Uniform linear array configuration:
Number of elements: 64
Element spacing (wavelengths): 0.75
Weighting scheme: binomial
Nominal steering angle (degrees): -30
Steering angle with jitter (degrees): -29.247
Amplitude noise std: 0.05
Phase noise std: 0.05

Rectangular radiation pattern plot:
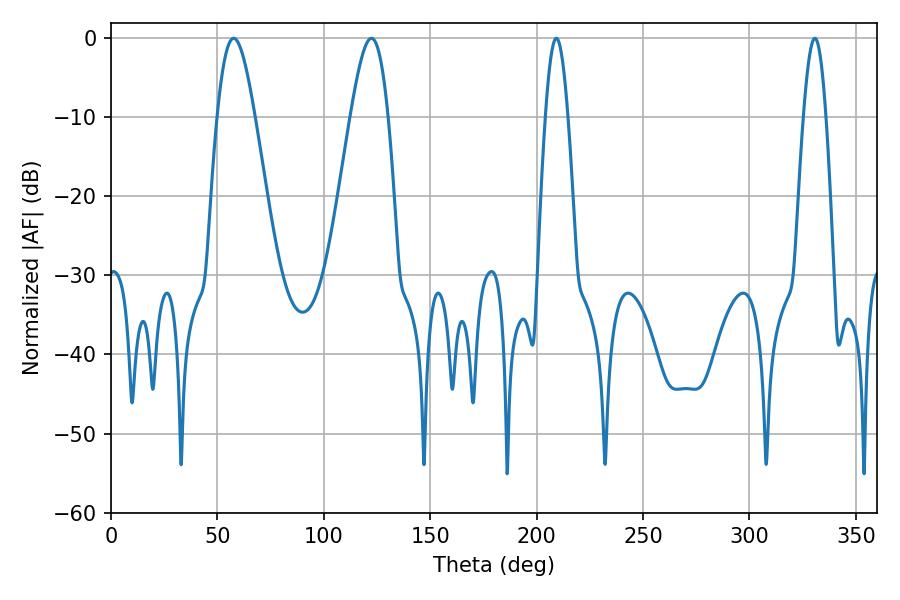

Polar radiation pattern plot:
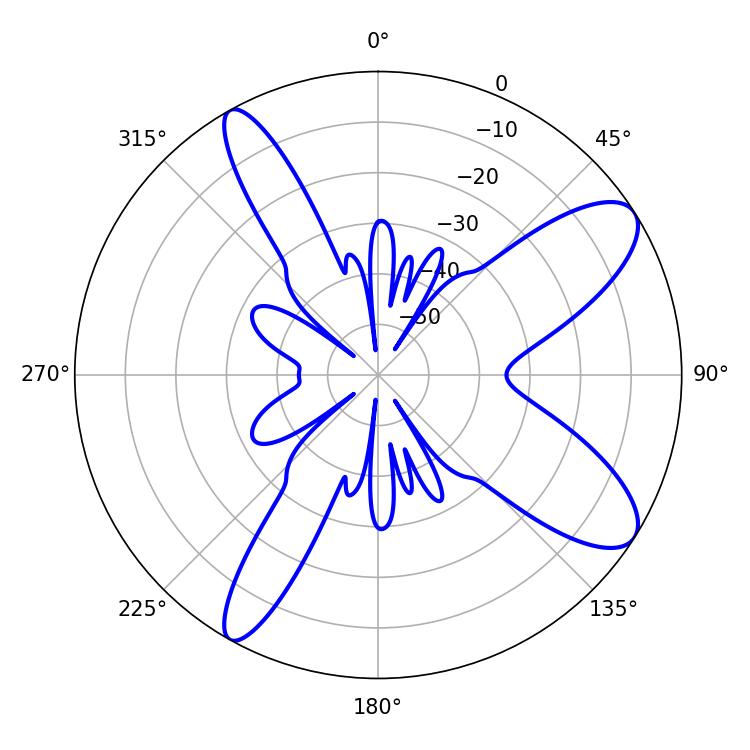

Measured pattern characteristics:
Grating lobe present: TRUE
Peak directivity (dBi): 9.962
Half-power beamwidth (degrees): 9.36
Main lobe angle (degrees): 57.6